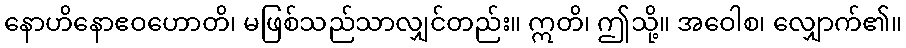
နောဟိနောဧဝဟောတိ၊ မဖြစ်သည်သာလျှင်တည်း။ ဣတိ၊ ဤသို့။ အဝေါစ၊ လျှောက်၏။